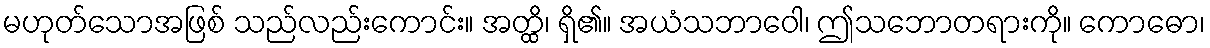
မဟုတ်သောအဖြစ် သည်လည်းကောင်း။ အတ္ထိ၊ ရှိ၏။ အယံသဘာဝေါ၊ ဤသဘောတရားကို။ ကောဓော၊